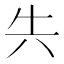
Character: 𭁆